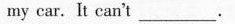
my car.It can't___.